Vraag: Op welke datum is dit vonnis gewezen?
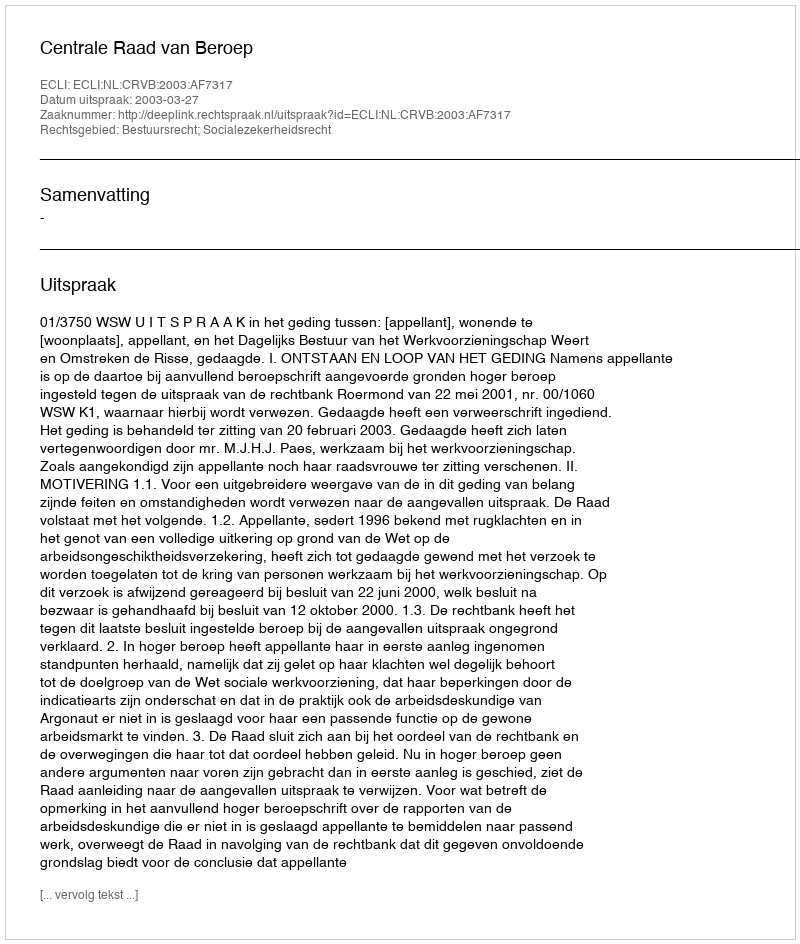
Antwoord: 2003-03-27